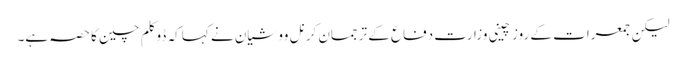
لیکن جمعرات کے روز چینی وزارت دفاع کے ترجمان کرنل وو شیان نے کہا کہ ڈوکلم چین کا حصہ ہے۔